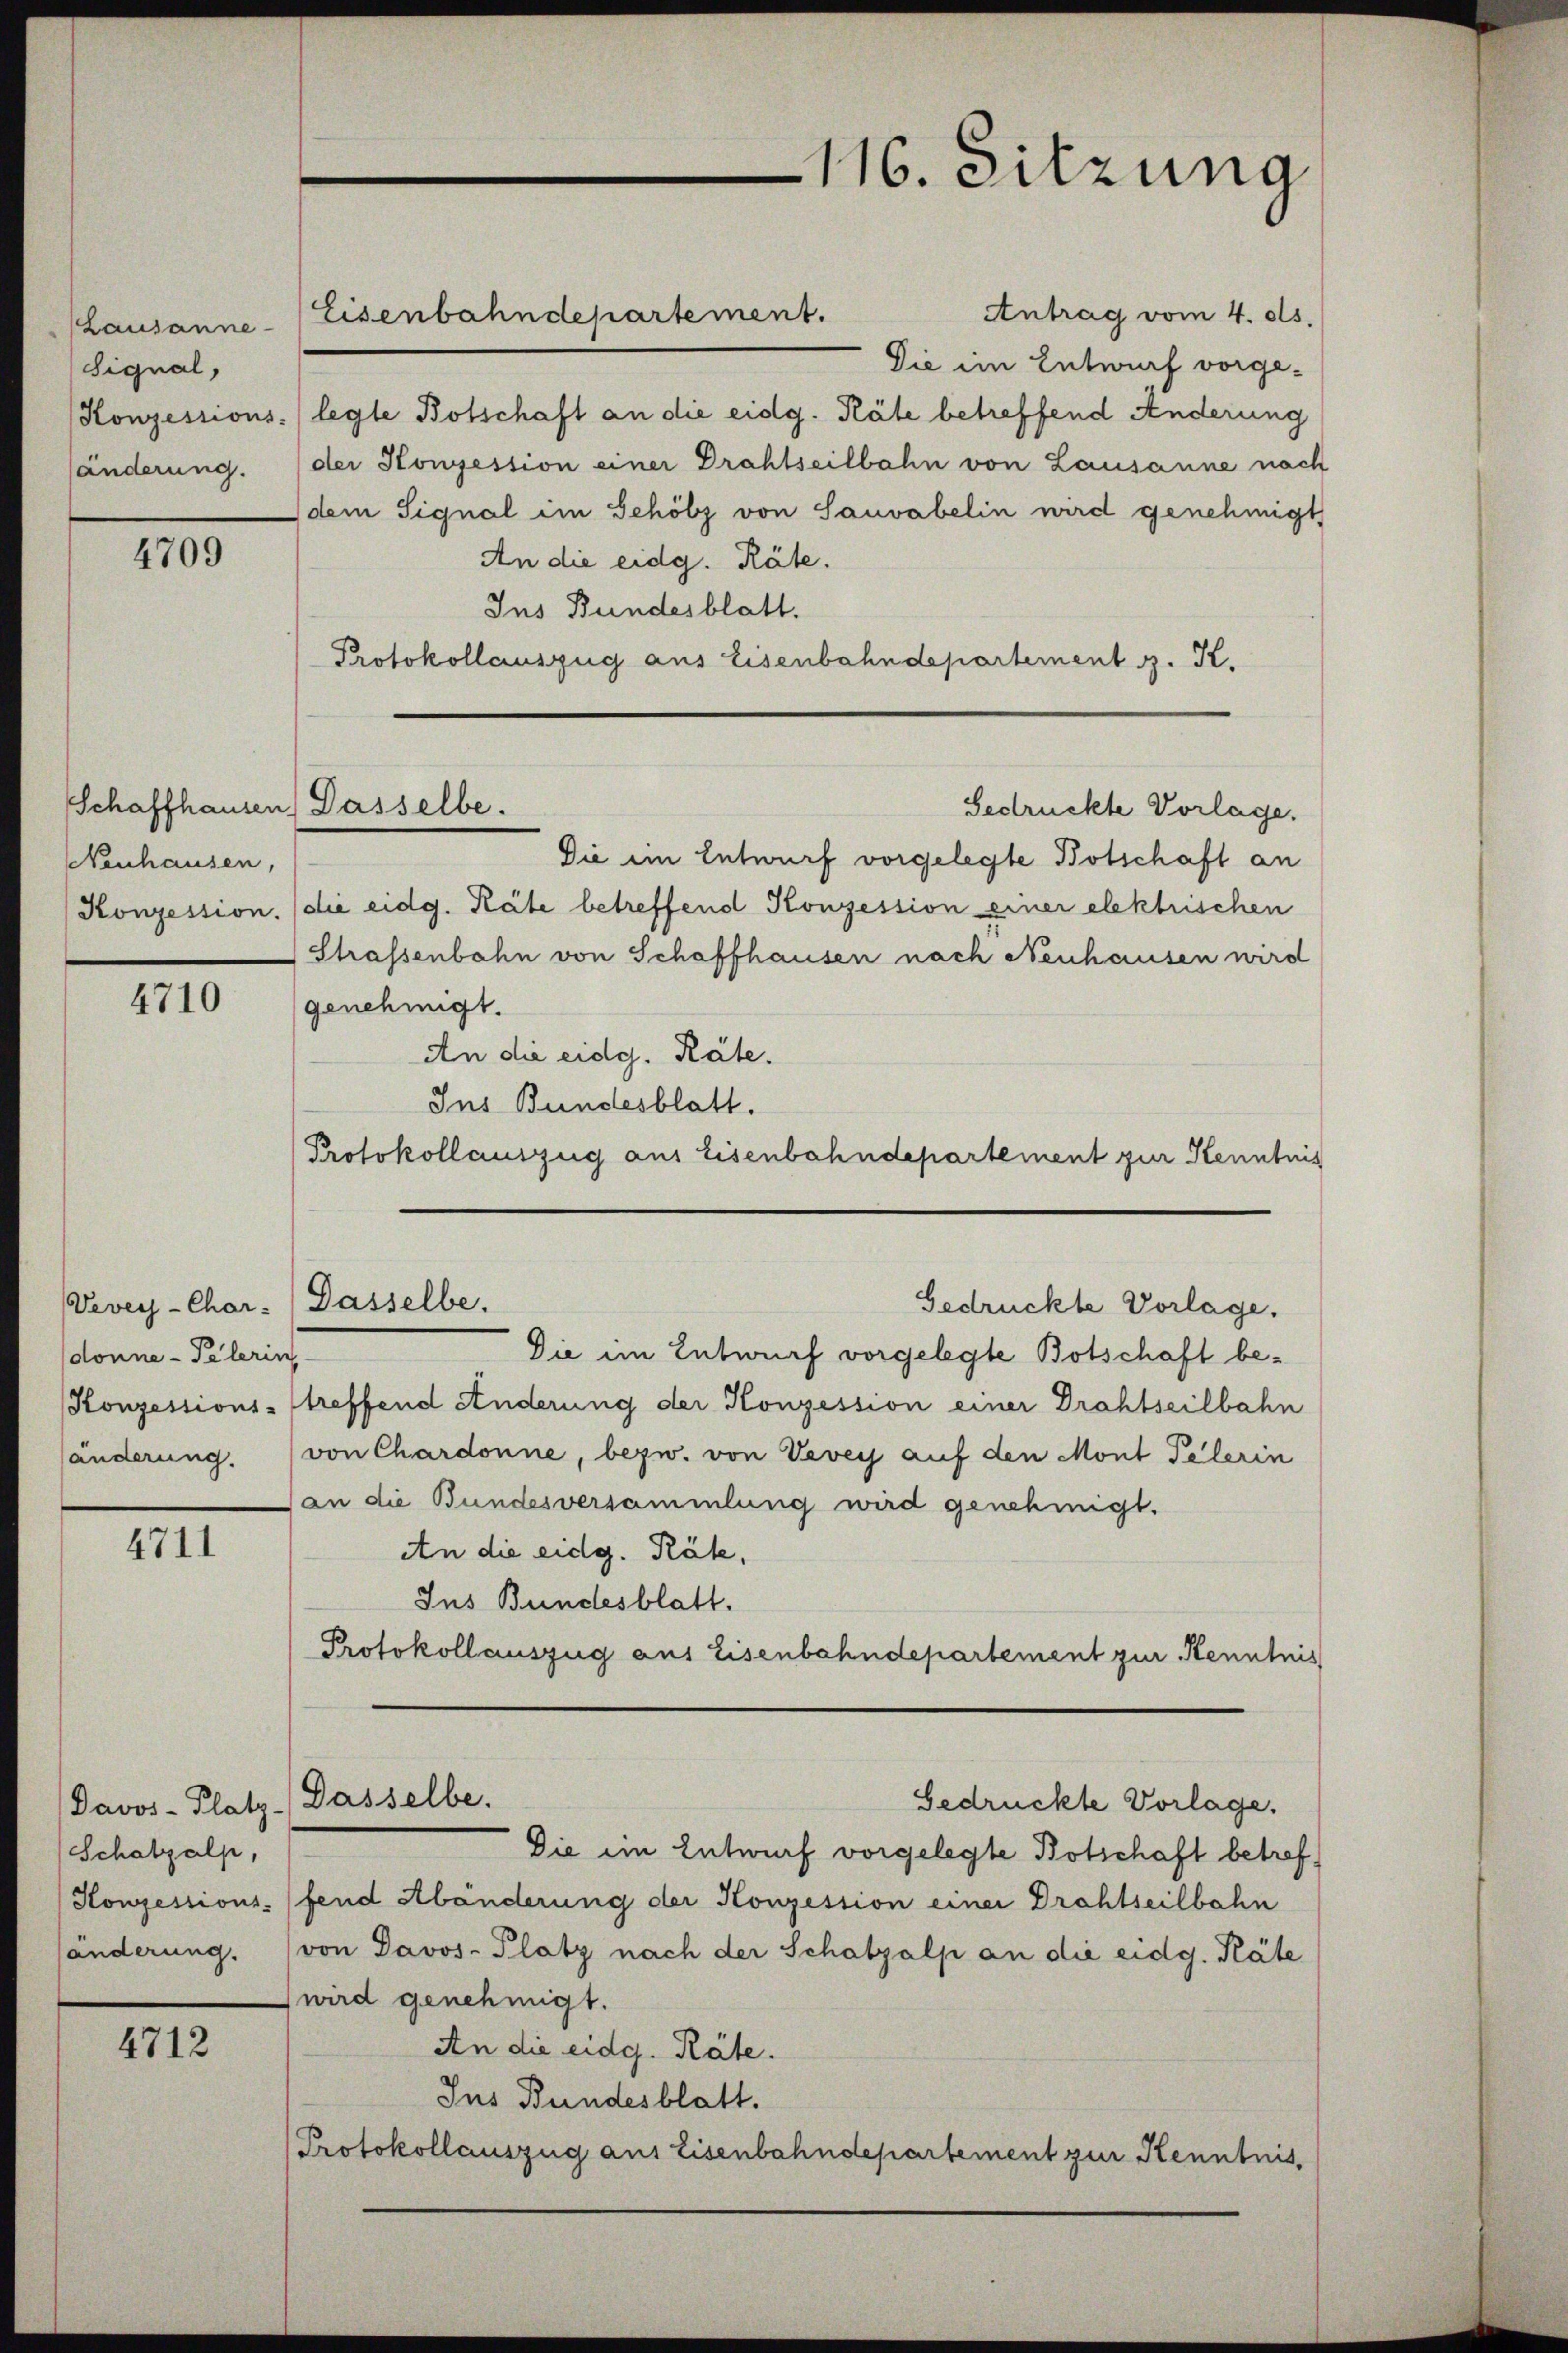
Lausanne
Signal,
Konzessions-
länderung.

4709

Neuhausen,

4710

Vevey-Char-
donne - Pelerin,
änderung.

4711

Schatzalp,

4712

Schaffhausen) Dasselbe.

Antrag vom 4. ds.
Eisenbahndepartement.
Die im Entwurf vorge-
legte Botschaft an die eidg. Räte betreffend Änderung
der Konzession einer Drahtseilbahn von Lausanne nach
dem Signal im Schölz von Sauvabelin wird genehmigt
An die eidg. Räte.
Ins Bundesblatt.
Protokollauszug aus Eisenbahndepartement z. K.
Gedrückte Vorlage.
Die ein Entwurf vorgelegte Botschaft an
Konzession. (die eidg. Räte betreffend Konzession einer elektrischen
Strassenbahn von Schaffhausen nach Neuhausen wird
genehmigt.
An die eidg. Räte.
Ins Bundesblatt.
Protokollauszug aus Eisenbahndepartement zur Kenntnis

Dasselbe.

116. Sitzung

Gedrückte Vorlage.

Die im Entwurf vorgelegte Botschaft be¬
Konzessions-treffend Änderung der Konzession einer Drahtseilbahn
von Chardonne, bezw. von Vevey auf den Mont Pelerin
(an die Bundesversammlung wird genehmigt.
An die eidg. Räte,
Ins Bundesblatt.
Protokollauszug aus Eisenbahndepartement zur Kenntnis
Gedrückte Vorlage.
Davos- Platz - Dasselbe.
Die ein Entwurf vorgelegte Botschaft betref¬
Honzessions- (fend Abänderung der Konzession einer Drehtseilbahn
händerung. (von Davos- Platz nach der Schatzalp an die eidg. Räte
wird genehmigt.
An die eidg. Räte.
Ins Bundesblatt.
Protokollauszug aus Eisenbahndepartement zur Kenntnis,